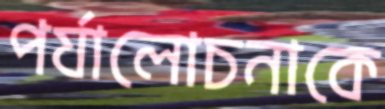
পর্যালোচনাকে